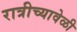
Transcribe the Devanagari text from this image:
रात्रीच्यावेळी